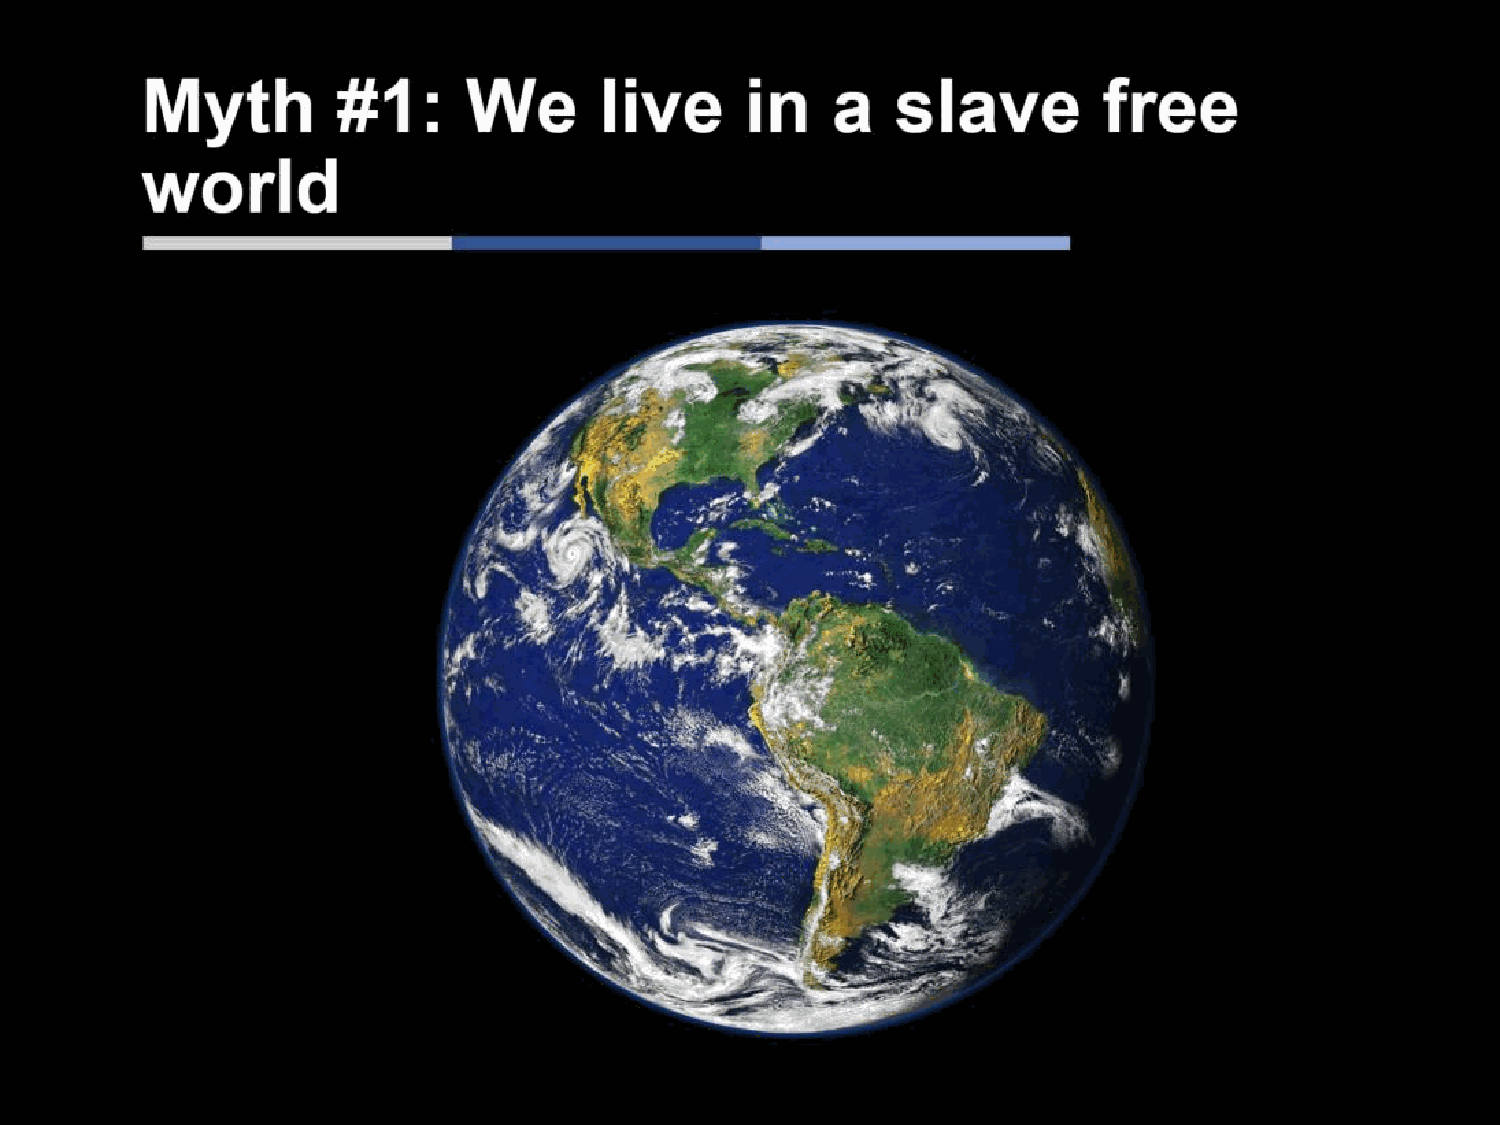
Myth          #1:      We       live     in    a   slave        free
 world